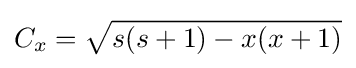
C_{x}={\sqrt {s(s+1)-x(x+1)}}